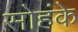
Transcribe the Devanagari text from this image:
सोहंके